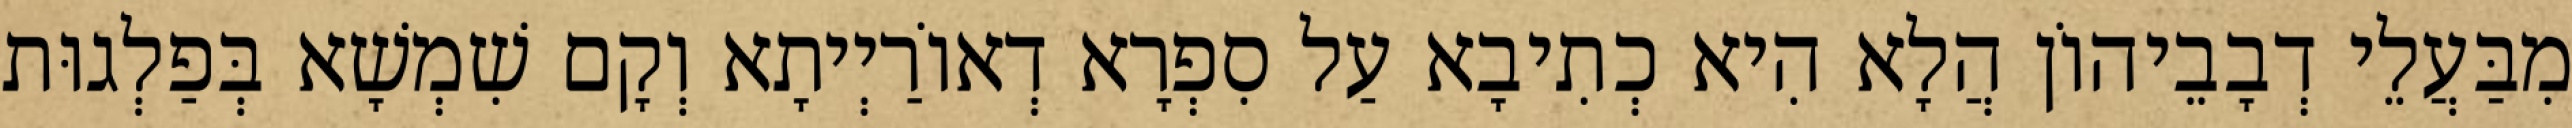
מִבַּעֲלֵי דְבָבֵיהוֹן הֲלָא הִיא כְתִיבָא עַל סִפְרָא דְאוֹרַיְיתָא וְקָם שִׁמְשָׁא בְּפַלְגוּת